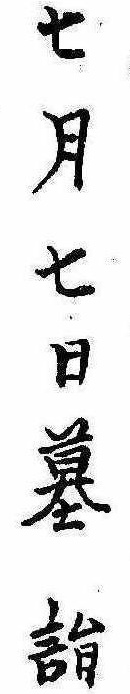
七月七日墓詣